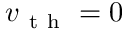
v _ { \mathrm { ~ t ~ h ~ } } = 0